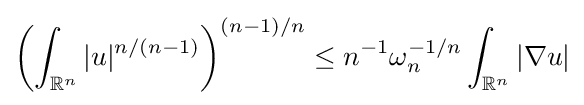
\left(\int _{\mathbb {R} ^{n}}|u|^{n/(n-1)}\right)^{(n-1)/n}\leq n^{-1}\omega _{n}^{-1/n}\int _{\mathbb {R} ^{n}}|\nabla u|